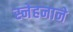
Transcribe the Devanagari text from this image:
स्नेहनाने